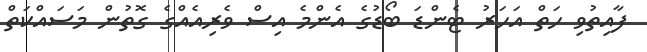
ފާއިތުވި ހަތް އަހަރު ޓެންޑަ ބޯޑުގެ އެންމެ އިސް ވެރިއެއްގެ ގޮތުން މަސައްކަތް